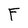
Character: F